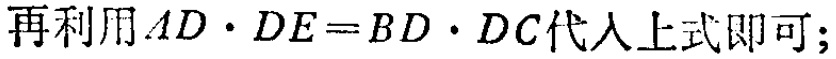
再利用\(AD\cdot DE = BD\cdot DC\)代入上式即可;